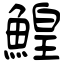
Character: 鰉